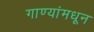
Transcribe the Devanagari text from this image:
गाण्यांमधून